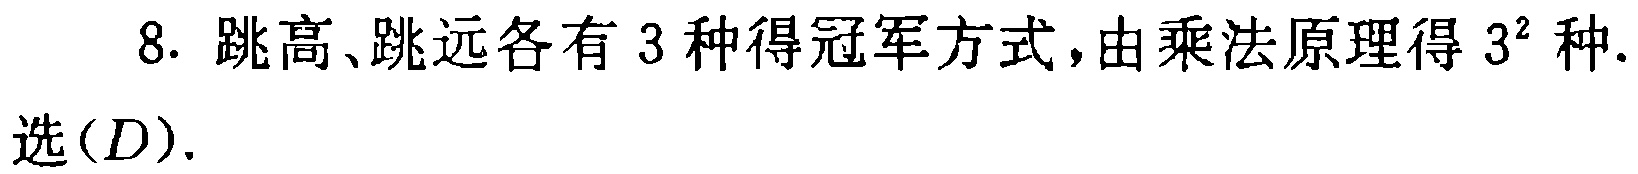
8. 跳高、跳远各有 3 种得冠军方式，由乘法原理得 \(3^{2}\) 种.

选\((D)\).